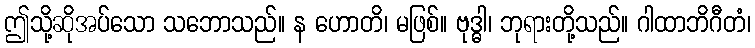
ဤသို့ဆိုအပ်သော သဘောသည်။ န ဟောတိ၊ မဖြစ်။ ဗုဒ္ဓါ၊ ဘုရားတို့သည်။ ဂါထာဘိဂီတံ၊